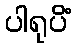
ပါရုပိံ